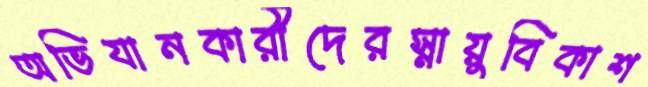
অভিযানকারীদেরস্নায়ুবিকাশ